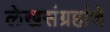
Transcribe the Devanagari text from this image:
लेखसंग्रहांचे